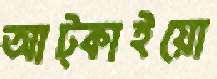
আট্‌কাইয়ো